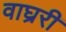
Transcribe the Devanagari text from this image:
वाघ्ररी